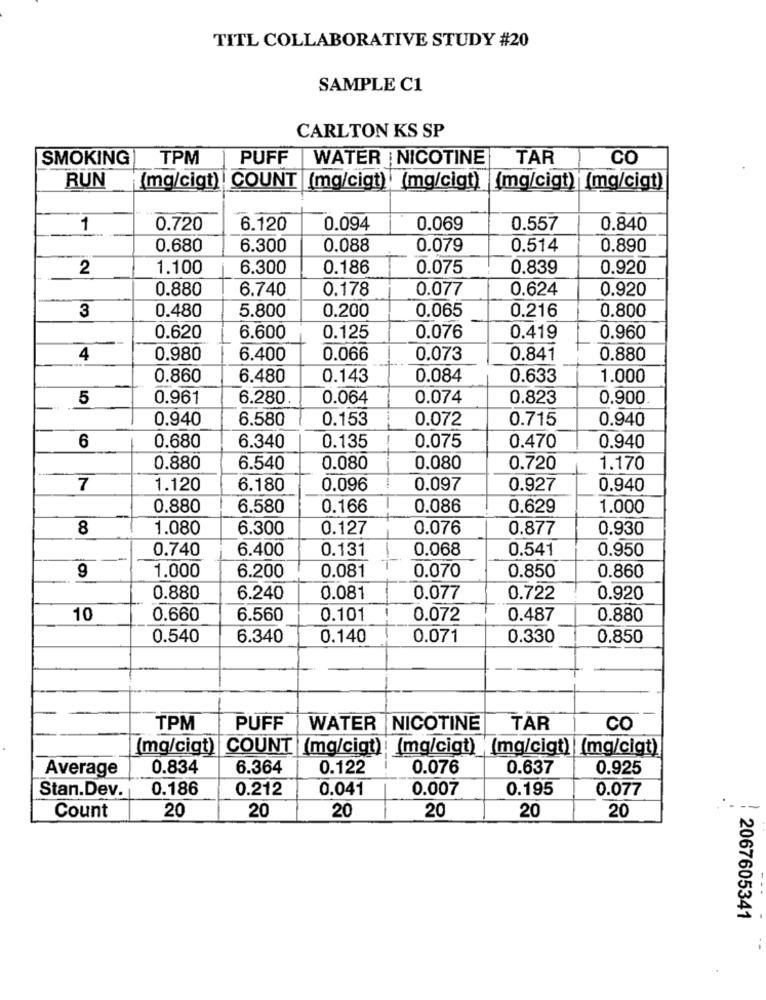
TITL COLLABORATIVE STUDY #20
SAMPLE C1
CARLTON KS SP
SMOKING
TPM
PUFF
WATER | NICOTINE
TAR
CO
RUN
(mg/cigt) | COUNT (mg/cigt) (mg/cigt) (mg/cigt) (mg/cigt)
1
0.720
6.120
0.094
0.069
0.557
0.840
0.680
6.300
0.088
0.079
0.514
0.890
2
1.100
6.300
0.186
0.075
0.839
0.920
0.880
6.740
0.178
0.077
0.624
0.920
3
0.480
5.800
0.200
0.065
0.216
0.800
0.620
6.600
0.125
0.076
0.419
0.960
4
0.980
6.400
0.066
0.073
0.841
0.880
0.860
6.480
0.143
0.084
0.633
1.000
5
0.961
6.280
0.064
0.074
0.823
0.900
0.940
6.580
0.153
0.072
0.715
0.940
6
0.680
6.340
0.135
0.075
0.470
0.940
0.880
6.540
0.080
0.080
0.720
1.170
7
1.120
6.180
0.096
0.097
0.927
0.940
0.880
6.580
0.166
0.086
0.629
1.000
8
1.080
6.300
0.127
0.076
0.877
0.930
0.740
6.400
0.131
0.068
0.541
0.950
9
6.200
0.081
0.070
1.000
0.850
0.860
0.880
6.240
0.081
0.077
0.722
0.920
10
0.660
6.560
0.101
0.072
0.487
0.880
0.540
6.340
0.140
0.071
0.330
0.850
TPM
PUFF
WATER NICOTINE
TAR
CO
[mg/cigt) COUNT (mg/cigt)
(mg/cigt) (mg/cigt) (mg/cigt)
Average
0.834
6.364
0.122
0.076
0.637
0.925
Stan.Dev.
0.186
0.212
0.041
0.007
0.195
0.077
20
20
20
Count
20
20
20
2067605341